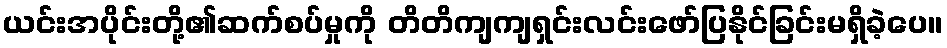
ယင်းအပိုင်းတို့၏ဆက်စပ်မှုကို တိတိကျကျရှင်းလင်းဖော်ပြနိုင်ခြင်းမရှိခဲ့ပေ။